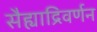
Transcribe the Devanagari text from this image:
सैह्याद्रिवर्णन